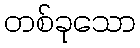
တစ်ခုသော